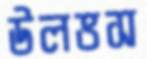
উলভস